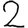
Digit: 2